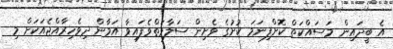
އެ ބީދައިން މަސައްކަތް ކޮށްފިނަމަ ކުށުގެ ވެށިން ސަލާމަތްވެފައިވާ އަމާން ދިވެހިރާއްޖެއަކަށް މި